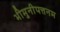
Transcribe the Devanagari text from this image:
भीमुनीपत्तनम